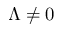
\Lambda \neq 0